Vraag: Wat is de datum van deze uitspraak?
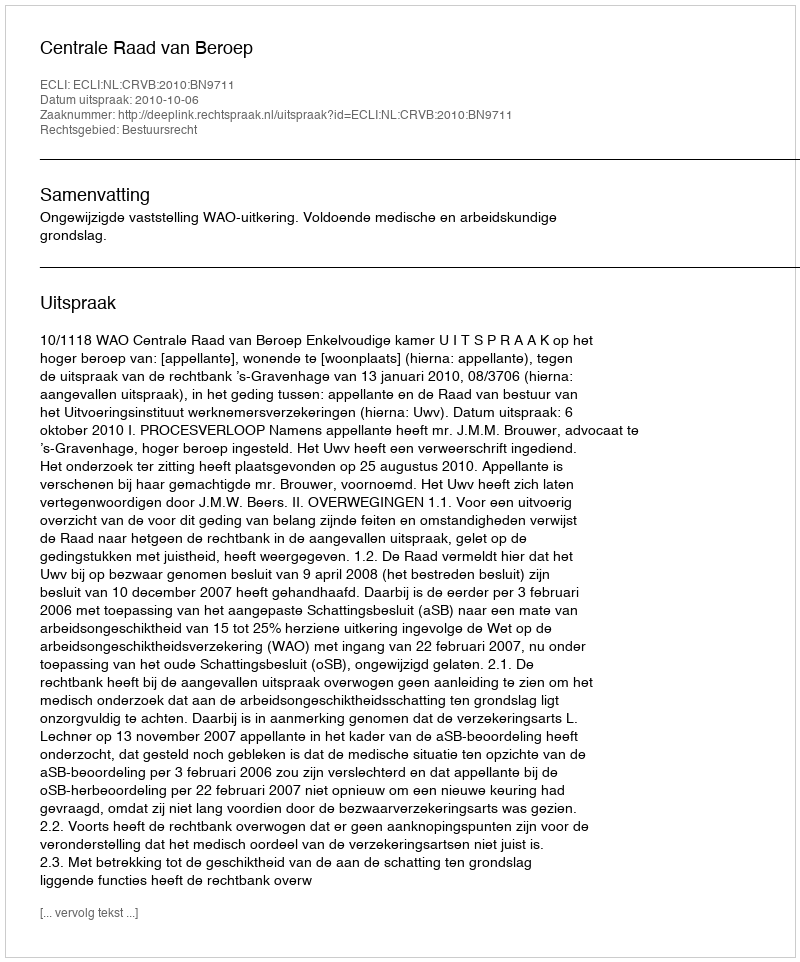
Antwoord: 2010-10-06